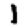
Digit: 1